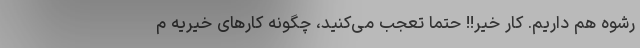
رشوه هم داریم. کار خیر!! حتماً تعجب می‌کنید، چگونه کارهای خیریه م